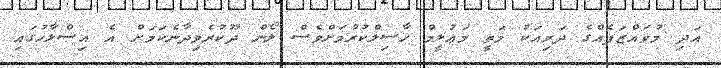
އަދި މުވައްޒަފެއްގެ ދަރިއަކު މަތީ މަޢުލީމް ހާސިލްކުރުމަށްވެސް ލޯން ދޫކުރެވިދާނެކަމަށް އެ އިސްލާހުގައި